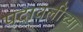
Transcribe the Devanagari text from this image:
पदावलींच्या